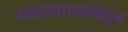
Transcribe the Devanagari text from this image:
व्यवस्थापनांकडून